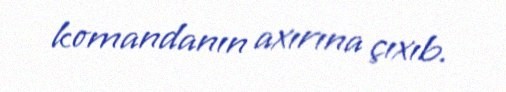
komandanın axırına çıxıb.